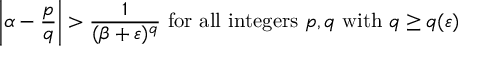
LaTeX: \left| \alpha - { \frac { p } { q } } \right| > { \frac { 1 } { ( \beta + \varepsilon ) ^ { q } } } { \mathrm { ~ f o r ~ a l l ~ i n t e g e r s ~ } } p , q { \mathrm { ~ w i t h ~ } } q \geq q ( \varepsilon )